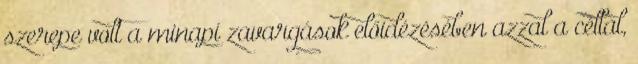
szerepe volt a minapi zavargások előidézésében azzal a céllal,